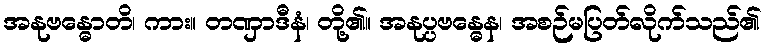
အနုဗန္ဓောတိ၊ ကား။ တဏှာဒီနံ၊ တို့၏။ အနုပ္ပဗန္ဓေန၊ အစဉ်မပြတ်လိုက်သည်၏